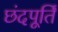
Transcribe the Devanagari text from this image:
छंदपूर्ति